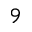
9